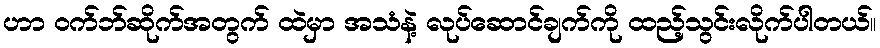
ဟာ ဝက်ဘ်ဆိုက်အတွက် ထဲမှာ အသံနဲ့ လုပ်ဆောင်ချက်ကို ထည့်သွင်းလိုက်ပါတယ်။